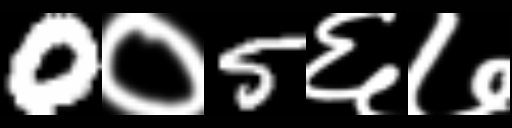
Text: 0०5६७